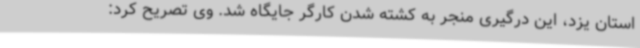
استان یزد، این درگیری منجر به کشته شدن کارگر جایگاه شد. وی تصریح کرد: